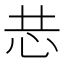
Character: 𭜑